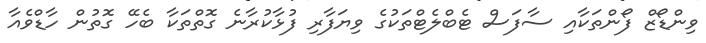
ވިންޑޯޒް ފޯންތަކާއި ސާފަސް ޓެބްލެޓްތަކުގެ ވިޔަފާރި ފުޅާކުރާނެ ގޮތްތަކާ ބެހޭ ގޮތުން ހާޑްވެއާ